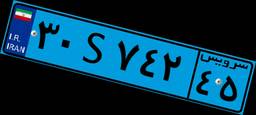
۶۰S۹۹۳۰۶